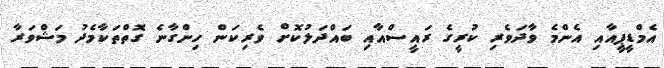
އެމްޑީޕީއާއި އެންމެ ވާދަވެރި ކުރީގެ ރައީސްއާއި ބައްދަލުކޮށް ވެރިކަން ހިންގާނެ ގޮތްތަކާމެދު މަޝްވަރާ